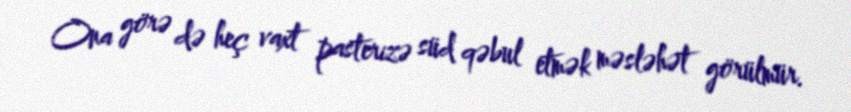
Ona görə də heç vaxt pasterizə süd qəbul etmək məsləhət görülmür.